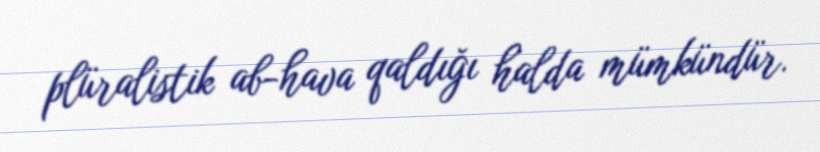
plüralistik ab-hava qaldığı halda mümkündür.